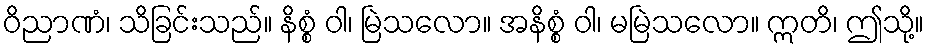
ဝိညာဏံ၊ သိခြင်းသည်။ နိစ္စံ ဝါ၊ မြဲသလော။ အနိစ္စံ ဝါ၊ မမြဲသလော။ ဣတိ၊ ဤသို့။